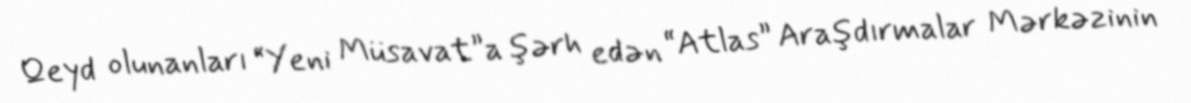
Qeyd olunanları “Yeni Müsavat”a şərh edən “Atlas” Araşdırmalar Mərkəzinin